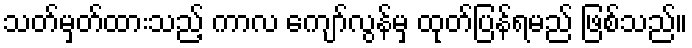
သတ်မှတ်ထားသည့် ကာလ ကျော်လွန်မှ ထုတ်ပြန်ရမည် ဖြစ်သည်။